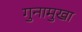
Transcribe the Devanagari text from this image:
गुनामुखा